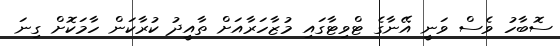
ސޮބާހު ވެސް ވަނީ އޭނާގެ ޓްވިޓާގައި މުޒާހަރާއަށް ތާއީދު ކުރާކަން ހާމަކޮށް ގިނަ